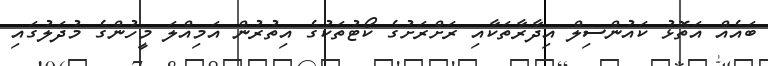
ބައެއް އަތޮޅު ކައުންސިލް އިދާރާތަކާއި ރަށްރަށުގެ ކޯޓުތަކުގެ އިތުރުން އަމިއްލަ މީހުންގެ މުދަލުގައި